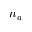
n _ { a }